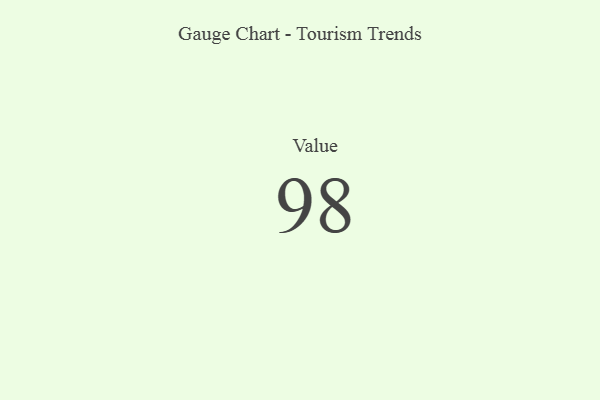
{"axis": {"x": "Metric", "y": "Value"}, "legend": [""], "data": [{"x": "Value", "y": 98, "type": ""}]}